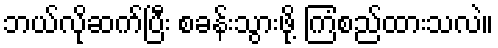
ဘယ်လိုဆက်ပြီး စခန်းသွားဖို့ ကြံစည်ထားသလဲ။